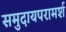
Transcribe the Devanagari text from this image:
समुदायपरामर्श